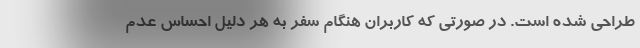
طراحی شده است. در صورتی که کاربران هنگام سفر به هر دلیل احساس عدم